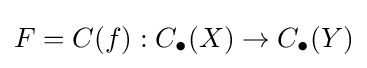
F=C(f):C_{\bullet }(X)\to C_{\bullet }(Y)